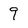
Character: 9